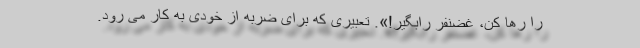
را رها کن، غضنفر رابگیر!». تعبیری که برای ضربه از خودی به کار می رود.